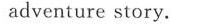
adventure story.